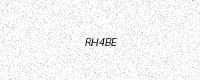
Text: RH4BE